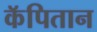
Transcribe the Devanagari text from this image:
कॅपितान